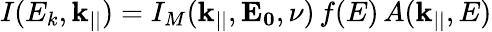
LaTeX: I(E_{k},\mathbf{k_{||}})=I_{M}(\mathbf{k_{||}},\mathbf{E_{0}},\nu)\, f(E)\, A(\mathbf{k_{||}},E)